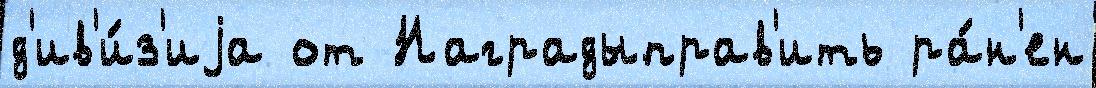
д'ив'и́з'иjа от Наградыправ'ить ра́н'ен